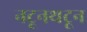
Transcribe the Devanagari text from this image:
नटूनथटून